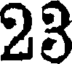
23